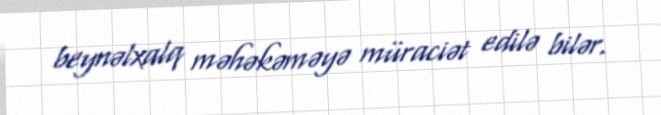
beynəlxalq məhəkəməyə müraciət edilə bilər.